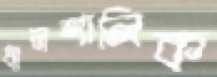
ধানশালিক